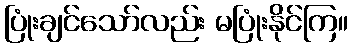
ပြုံးချင်သော်လည်း မပြုံးနိုင်ကြ။